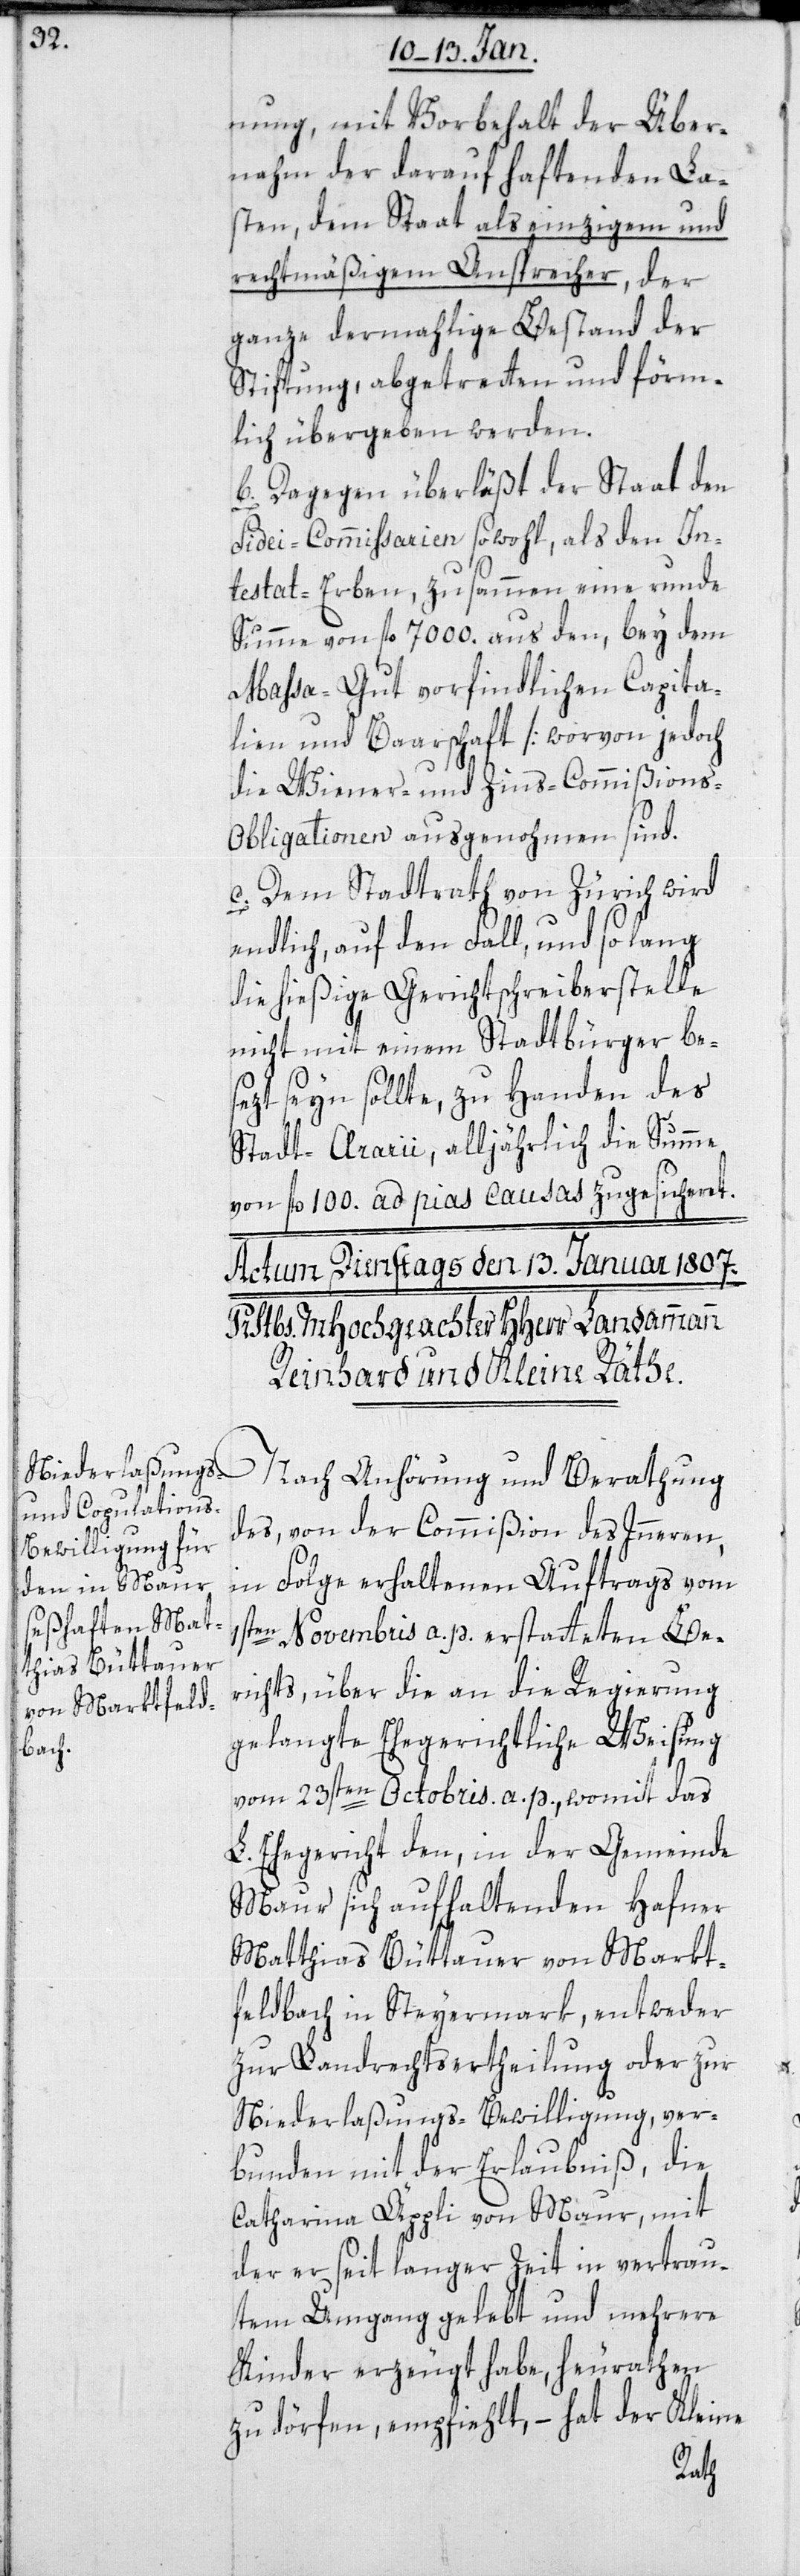
nung, mit Vorbehalt der Über¬
nahm der darauf haftenden La¬
sten, dem Staat als einzigem und
rechtmäßigem Ansprecher, der
ganze dermalige Bestand der
Stiftung, abgetreten und förm¬
lich übergeben werden.
b. Dagegen überläßt der Staat den
Fidei-Commissarien sowohl als den In¬
testat-Erben, zusammen eine runde
Summe von fl. 7000. aus den, bey dem
Massa-Gut vorfindlichen Capita¬
lien und Baarschaft [worvon jedoch
die Wiener- und Zins-Commißions-O¬
bligationen ausgenommen sind].
c. Dem Stadtrath von Zürich wird
endlich, auf den Fall und so lang
die hießige Gerichtschreiber-Stelle
nicht mit einem Stadtbürger bes¬
etzt sein sollte, zu Handen des
Stadt-Ararii, alljährlich die Summe
von 100 fl. ad pias causas zugesicheret.
Nach Anhörung und Beratung
des, von der Commißion des Innern,
in Folge erhaltenen Auftrags vom
1sten Novembris a. p. erstatteten Be¬
richts, über die an die Regierung
gelangte ehegerichtliche Weisung
vom 23sten Octobris a. p., womit das
L. Ehegericht den in der Gemeinde
Maur sich aufhaltenden Hafner
Matthias Büttauer von Markt¬
feldbach in Steyermark, entweder
zur Landrechtsertheilung oder zur
Niederlaßungs-Bewilligung, ver¬
bunden mit der Erlaubniß, die
Catharina Äppli von Maur, mit
der er seit langer Zeit in vertrau¬
tem Umgang gelebt und mehrere
Kinder erzeugt habe, heuraten
zu dörfen, empfiehlt, – hat der Kleine